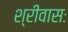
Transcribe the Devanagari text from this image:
श्रीवासः